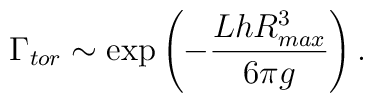
\Gamma_{tor} \sim \exp\left(-{Lh R_{max}^3 \over 6\pi g}\right).